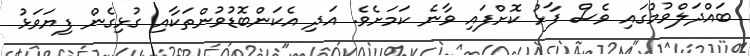
ބައްދަލްވުމުގައި ވެސް ފާޅު ކޮށްފައި ވާނެ ކަމަށެވެ. އަދި އެކަންބޮޑުވުންތަކާއި ގުޅިގެން ފިޔަވަޅު